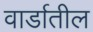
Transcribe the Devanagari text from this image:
वार्डातील